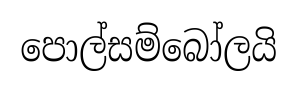
පොල්සම්බෝලයි